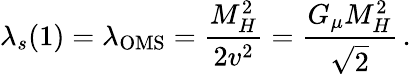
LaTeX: \lambda_{s}(1)=\lambda_{\mathrm{OMS}}=\frac{M_{H}^{2}}{2v^{2}}=\frac{G_{\mu}M_{H}^{2}}{\sqrt{2}}\, .